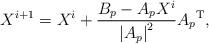
LaTeX: \begin{align*} X^{i+1} = X^i + \frac{B_p - A_p X^i}{\left| A_p \right|^2} {A_p}^\mathrm{T} , \end{align*}